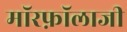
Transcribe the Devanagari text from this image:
मॉरफ़ॉलाजी